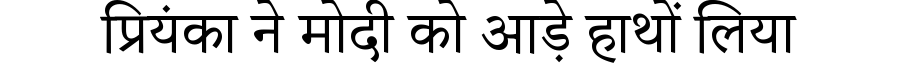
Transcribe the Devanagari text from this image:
प्रियंका ने मोदी को आड़े हाथों लिया